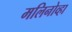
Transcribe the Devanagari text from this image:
मलिनोव्हा